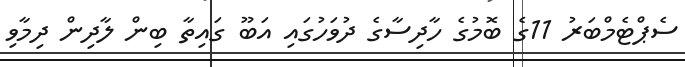
ސެޕްޓެމްބަރު 11ގެ ބޮމުގެ ހާދިސާގެ ދުވަހުގައި އަބޫ ގައިތާ ބިން ލާދިން ދިމާވި